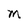
Character: M